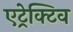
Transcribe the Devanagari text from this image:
एट्रेक्टिव